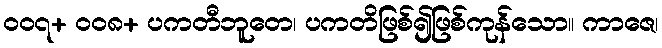
၀၀၇+ ၀၀၈+ ပကတီဘူတေ၊ ပကတိဖြစ်၍ဖြစ်ကုန်သော။ ကာဇေ၊